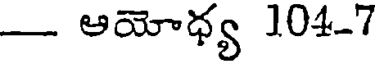
- ఆయోధ్య 104-7